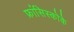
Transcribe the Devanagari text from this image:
फ्रांसिस्कोके